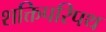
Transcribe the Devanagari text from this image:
शक्तिपरिपथ